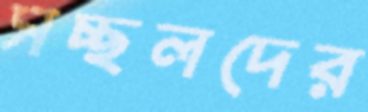
সচ্ছলদের